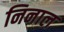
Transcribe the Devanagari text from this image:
निनाल